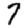
Digit: 7